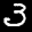
Label: 3